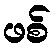
ဖစ်